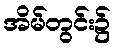
အိမ်တွင်း၌